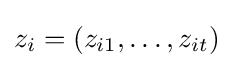
z_{i}=(z_{i1},\ldots ,z_{it})